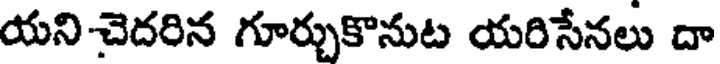
యని-చెదరిన గూర్చుకొనుట యరిసేనలు దా